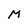
Character: M